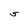
Character: S